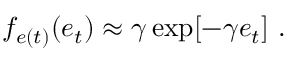
f _ { e ( t ) } ( e _ { t } ) \approx \gamma \exp [ - \gamma e _ { t } ] \mathrm { ~ . ~ }